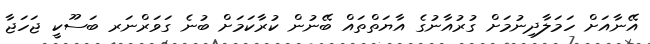
އޭނާއަށް ހަމަލާދިނުމަށް ގުރުއާނުގެ އާޔަތްތައް ބޭނުން ކުރާކަމަށް ބުނެ ގަވަރްނަރ ބަސޫކީ ޖަހަޖާ